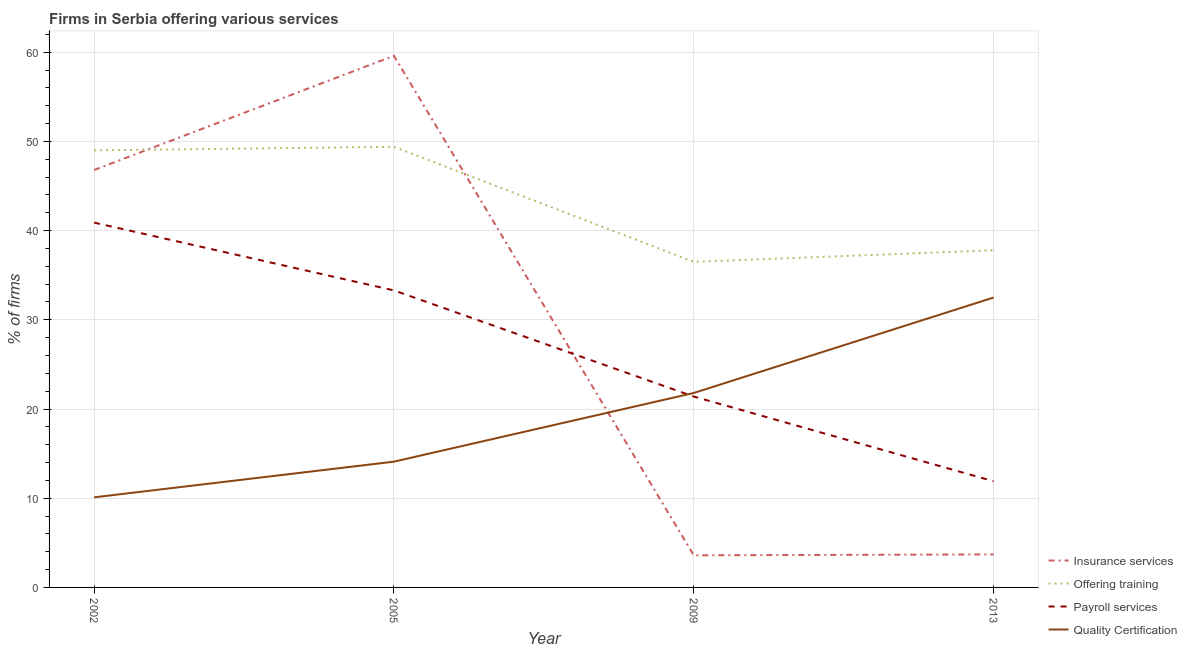
| Year | Insurance services | Offering training | Payroll services | Quality Certification |
 | --- | --- | --- | --- | --- |
 | 2002 | 46.8 | 49 | 40.9 | 10.1 |
 | 2005 | 59.6 | 49.4 | 33.3 | 14.1 |
 | 2009 | 3.6 | 36.5 | 21.4 | 21.8 |
 | 2013 | 3.7 | 37.8 | 11.9 | 32.5 |